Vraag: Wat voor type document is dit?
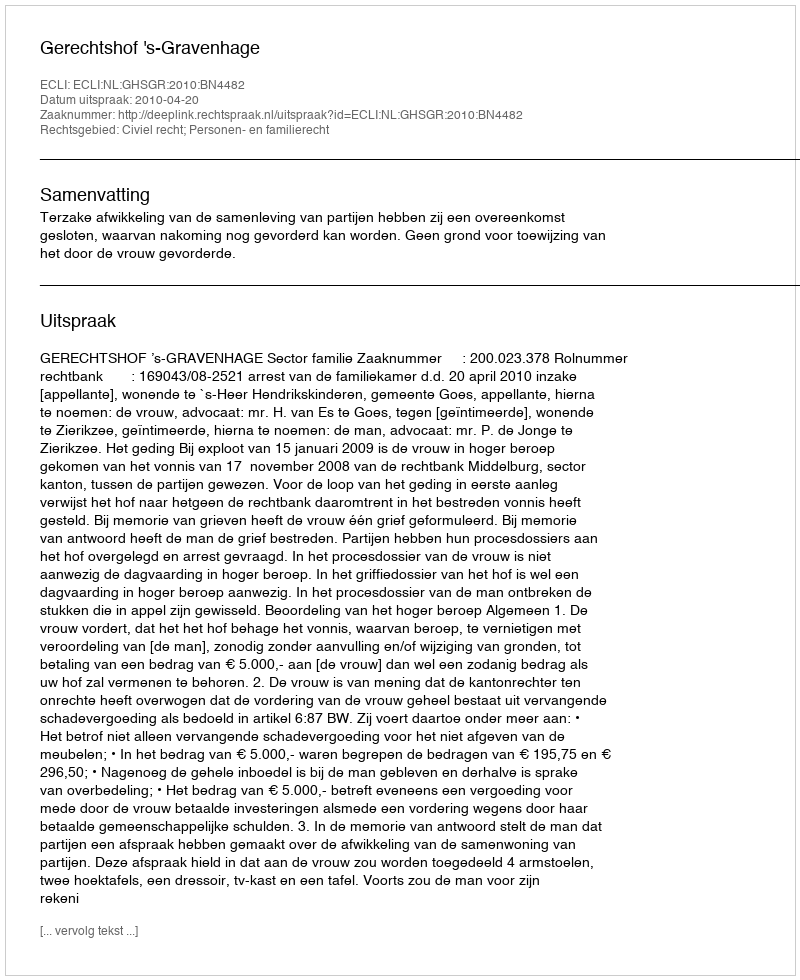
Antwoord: Uitspraak